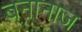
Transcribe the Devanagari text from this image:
बनानाज